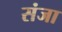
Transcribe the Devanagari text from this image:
संजा